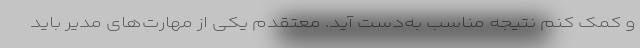
و کمک کنم نتیجه مناسب به‌دست آید. معتقدم یکی از مهارت‌های مدیر باید